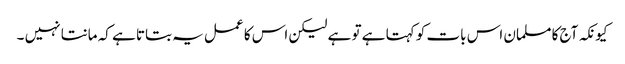
کیونکہ آج کا مسلمان اس بات کو کہتا ہے تو ہے لیکن اس کا عمل یہ بتاتا ہے کہ مانتا نہیں ۔